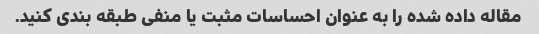
مقاله داده شده را به عنوان احساسات مثبت یا منفی طبقه بندی کنید.